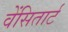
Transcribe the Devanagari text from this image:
वेंसितार्ट